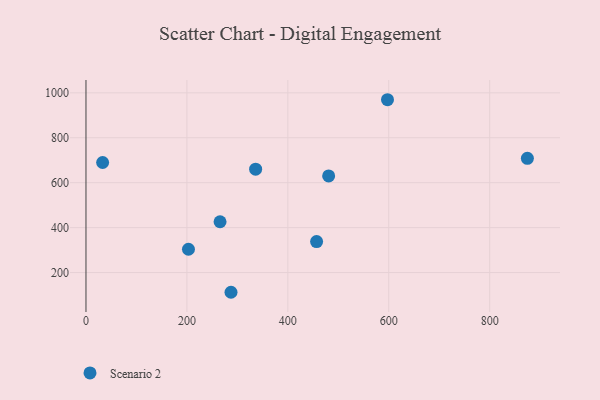
{"axis": {"x": "Distance", "y": "Demand"}, "legend": ["Scenario 2"], "data": [{"x": "265.7", "y": 426.1, "type": "Scenario 2"}, {"x": "457.0", "y": 337.9, "type": "Scenario 2"}, {"x": "33.0", "y": 689.8, "type": "Scenario 2"}, {"x": "597.5", "y": 969.3, "type": "Scenario 2"}, {"x": "287.4", "y": 112.3, "type": "Scenario 2"}, {"x": "336.2", "y": 660.3, "type": "Scenario 2"}, {"x": "874.7", "y": 708.6, "type": "Scenario 2"}, {"x": "480.9", "y": 630.0, "type": "Scenario 2"}, {"x": "203.1", "y": 303.9, "type": "Scenario 2"}]}